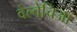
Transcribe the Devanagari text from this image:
वेल्वेचिआ